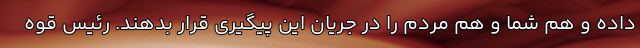
داده و هم شما و هم مردم را در جریان این پیگیری قرار بدهند. رئیس قوه